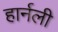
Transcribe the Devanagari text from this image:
हार्नली